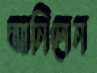
আনিলেন